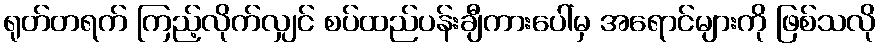
ရုတ်တရက် ကြည့်လိုက်လျှင် စပ်ထည်ပန်းချီကားပေါ်မှ အရောင်များကို ဖြစ်သလို